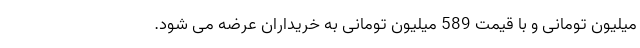
میلیون تومانی و با قیمت 589 میلیون تومانی به خریداران عرضه می شود.